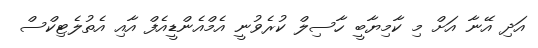
އަދި އޭނާ އަށް މި ކާމިޔާބީ ހާސިލް ކުރެވުނީ އެމްއެންޑީއެފް އާއި އެތުލެޓިކްސް